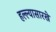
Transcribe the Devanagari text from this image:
हल्ल्यासारखे